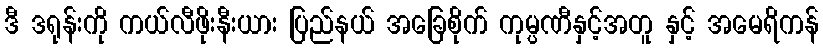
ဒီ ဒရုန်းကို ကယ်လီဖိုးနီးယား ပြည်နယ် အခြေစိုက် ကုမ္ပဏီနှင့်အတူ နှင့် အမေရိကန်